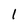
Character: 1